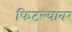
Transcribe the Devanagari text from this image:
फिटल्यावर